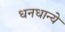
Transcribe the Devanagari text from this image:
धनधान्ये